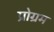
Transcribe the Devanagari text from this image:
प्रोग्रम